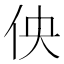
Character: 佒